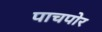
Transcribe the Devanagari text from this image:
पाचपोर